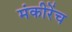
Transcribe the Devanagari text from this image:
मंकीरेंच